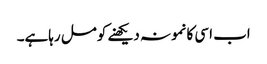
اب اسی کانمونہ دیکھنے کومل رہاہے۔